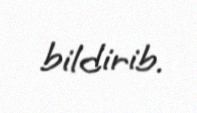
bildirib.